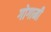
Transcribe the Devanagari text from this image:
गोगामी